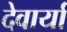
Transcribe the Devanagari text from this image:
देवार्या